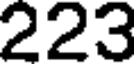
223